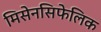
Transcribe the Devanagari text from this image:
मिसेनसिफेलिक